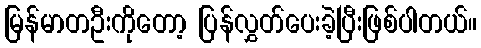
မြန်မာတဦးကိုတော့ ပြန်လွှတ်ပေးခဲ့ပြီးဖြစ်ပါတယ်။